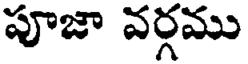
పూజా వర్గము